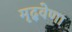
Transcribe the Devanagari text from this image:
मृद्‌वेणा